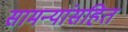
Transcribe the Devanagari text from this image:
सामन्यांसहित